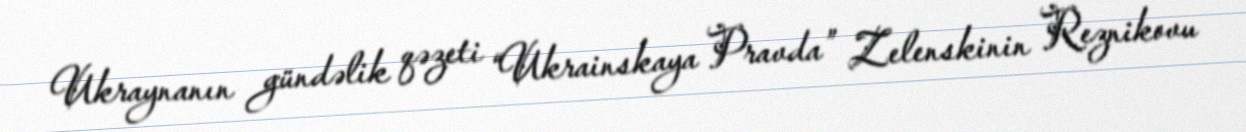
Ukraynanın gündəlik qəzeti “Ukrainskaya Pravda” Zelenskinin Reznikovu